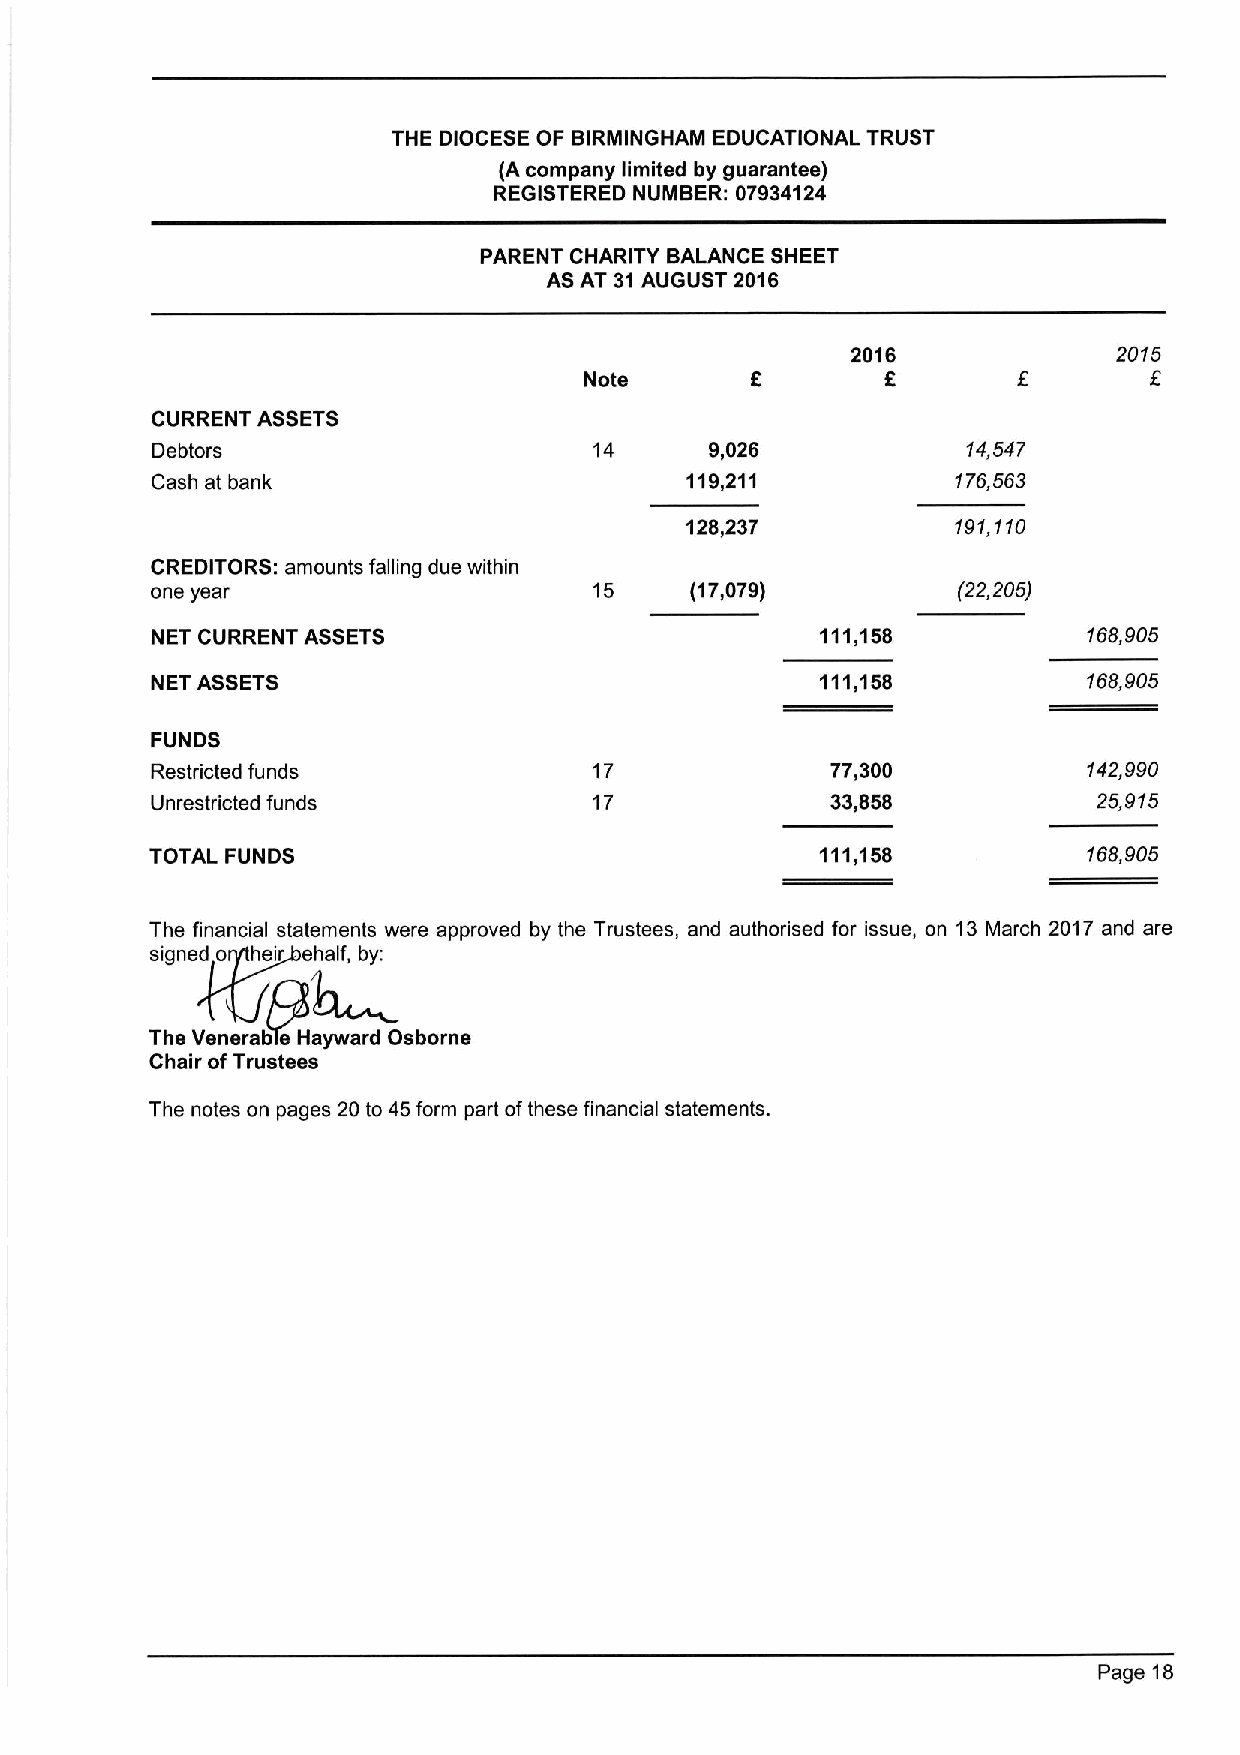
THE DIOCESE OF BIRMINGHAM EDUCATIONAL TRUST
 (A company limited by guarantee)
 REGISTERED NUMBER: 07934124
 PARENT CHARITY BALANCE SHEET
 AS AT 31AUGUST 2016
 2016              2015
 f
 Note       8        6
 CURRENT ASSETS
 Debtors                      14      9,026            14,547
 Cash at bank                       119,211           176,563
 128,237           191,110
 CREDITORS: amounts falling due within
 one year                     15     (17,079)         (22,205)
 NET CURRENT ASSETS                          111,168           168,905
 NET ASSETS                                  111,168           168,905
 FUNDS
 Restricted funds             17              77,300           142,990
 Unrestricted funds           17              33,858            25,915
 TOTAL FUNDS                                 111,168           168,905
 The financial statements were approved by the Trustees, and authorised for issue, on 13March 2017 and are
 signed o heir ehalf, by:
 The VenerabTe Hayward Osborne
 Chair ofTrustees
 The notes on pages 20 to 45form part ofthese financial statements.
 Page 18